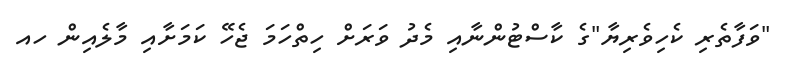
"ވަފާތެރި ކެހިވެރިޔާ"ގެ ކާސްޓުންނާއި މެދު ވަރަށް ހިތްހަމަ ޖެހޭ ކަމަށާއި މާލެއިން ހއ